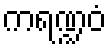
ကရဏ္ဍဝံ